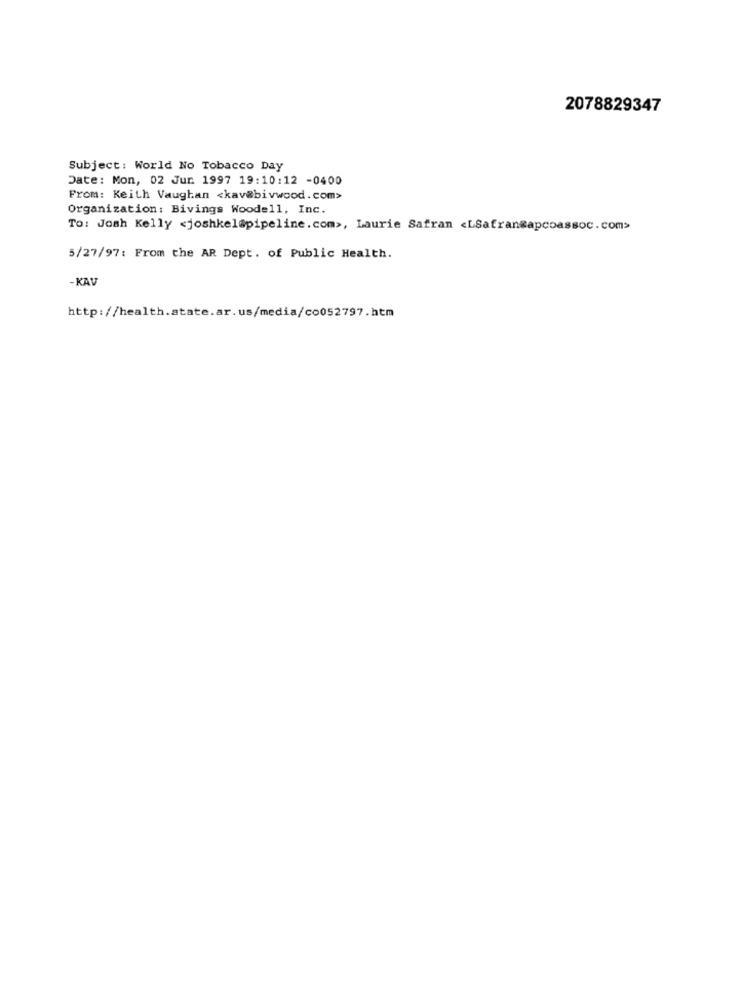
2078829347
Subject: World No Tobacco Day
Date: Mon, 02 Jun. 1997 19:10:12 -0400
From: Keith Vaughan <kav@bivwood.com>
Organization: Bivings Woodell, Inc.
TO: Josh Kelly <joshkel@pipeline.com>, Laurie Safran <LSafranmapcoassoc.com>
5/27/97: From the AR Dept. of Public Health.
-KAV
http://health.state.ar.us/media/co052797.htm